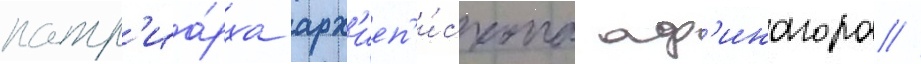
патр'иа́рха арх'иеп'и́скопа аф'инагора //